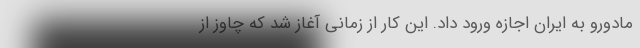
مادورو به ایران اجازه ورود داد. این کار از زمانی آغاز شد که چاوز از